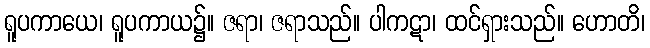
ရူပကာယေ၊ ရူပကာယ၌။ ဇရာ၊ ဇရာသည်။ ပါကဋာ၊ ထင်ရှားသည်။ ဟောတိ၊